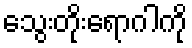
သွေးတိုးရောဂါကို